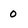
Character: O